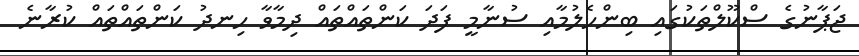
ޖަޕާނުގެ ސްކޫލްތަކުގައި ބިންހެލުމާއި ސުނާމީ ފަދަ ކަންތައްތައް ދިމާވާ ހިނދު ކަންތައްތައް ކުރާނެ